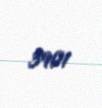
3901